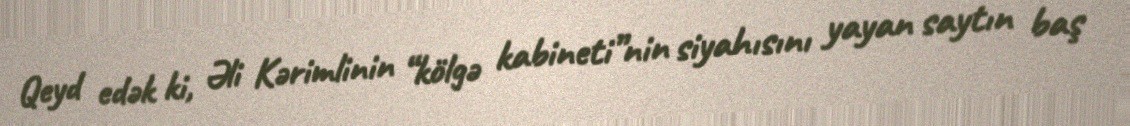
Qeyd edək ki, Əli Kərimlinin “kölgə kabineti”nin siyahısını yayan saytın baş